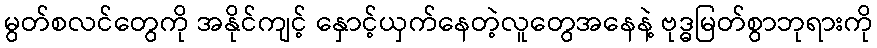
မွတ်စလင်တွေကို အနိုင်ကျင့် နှောင့်ယှက်နေတဲ့လူတွေအနေနဲ့ ဗုဒ္ဓမြတ်စွာဘုရားကို